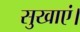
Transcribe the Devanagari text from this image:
सुखाएं।